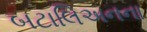
બટાલિઅનના